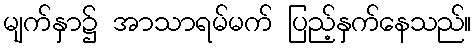
မျက်နှာ၌ အာသာရမ်မက် ပြည့်နှက်နေသည်။